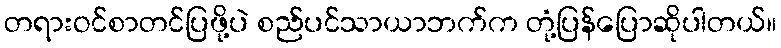
တရားဝင်စာတင်ပြဖို့ပဲ စည်ပင်သာယာဘက်က တုံ့ပြန်ပြောဆိုပါတယ်။